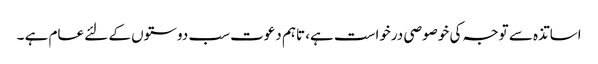
اساتذہ سے توجہ کی خوصوصی درخواست ہے، تاہم دعوت سب دوستوں کے لئے عام ہے ۔